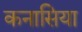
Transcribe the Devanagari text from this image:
कनासिया